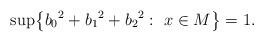
LaTeX: \begin{align*} \sup\bigl\{{b_0}^2+{b_1}^2+{b_2}^2:\ x\in M\bigr\}=1. \end{align*}